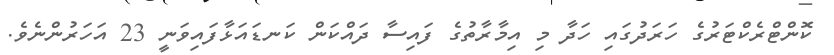
ކޮންޓްރެކްޓަރުގެ ހަރަދުގައި ހަދާ މި އިމާރާތުގެ ފައިސާ ދައްކަން ކަނޑައަޅާފައިވަނީ 23 އަހަރުންނެވެ.